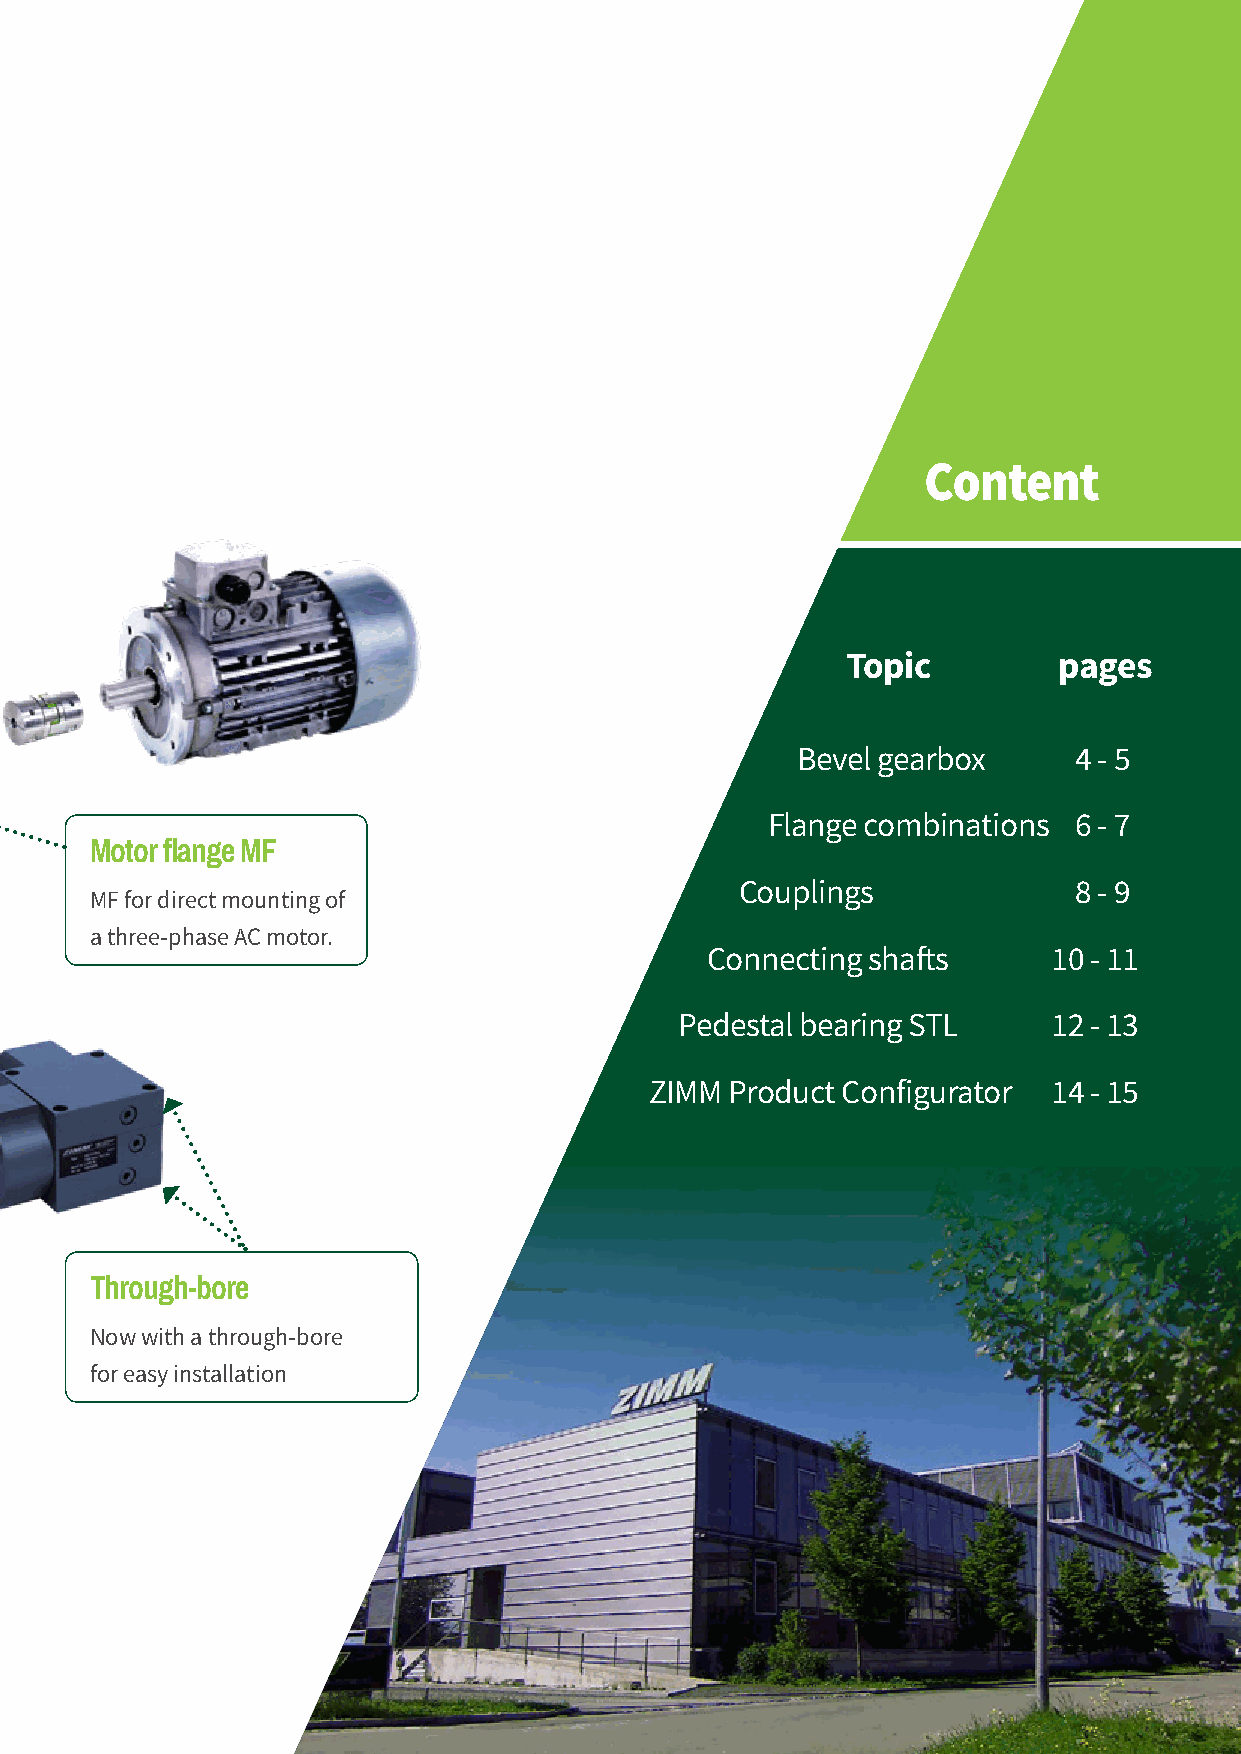
Content
 Topic         pages
 Bevel gearbox     4 - 5
 Flange combinations 6 - 7
 Motor flange MF
 Couplings             8 - 9
 MF for direct mounting of
 a three-phase AC motor.
 Connecting shafts      10 - 11
 Pedestal bearing STL     12 - 13
 ZIMM Product Configurator  14 - 15
 Through-bore
 Now with a through-bore
 for easy installation